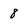
Character: 8